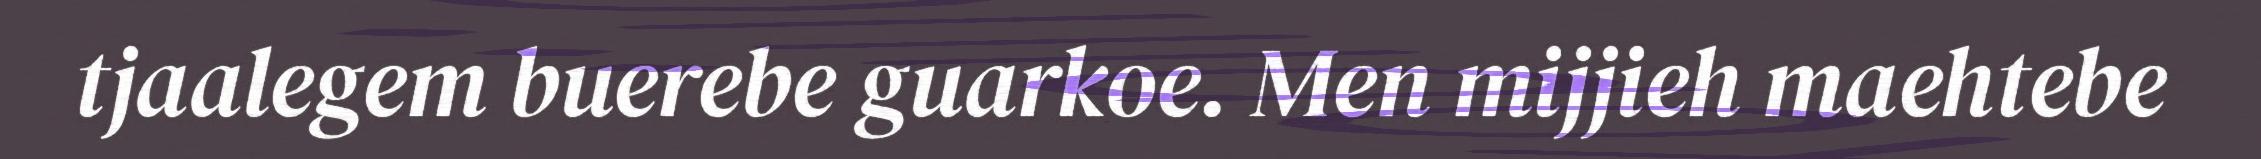
tjaalegem buerebe guarkoe. Men mijjieh maehtebe